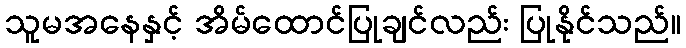
သူမအနေနှင့် အိမ်ထောင်ပြုချင်လည်း ပြုနိုင်သည်။